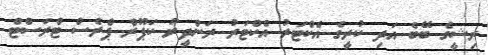
ރިޝީގެ ބޭބެ އަދި ކުރީގެ އެކްޓަރު އެކްޓަރު ރަންދީރު ކަޕޫރް ޕްރެސް ޓްރަސްޓް